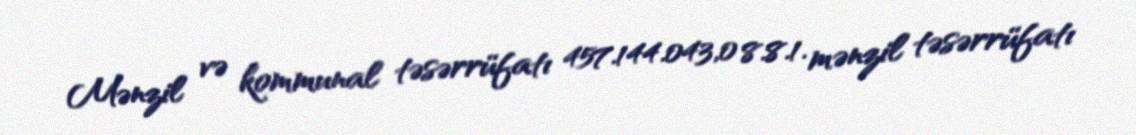
Mənzil və kommunal təsərrüfatı 457.144.043,0 8.8.1. mənzil təsərrüfatı